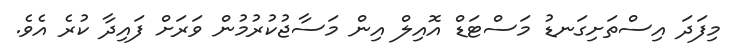
މިފަދަ އިސްތަށިގަނޑު މަސްޓަޑް އޮއިލް އިން މަސާޖުކުރުމުން ވަރަށް ފައިދާ ކުރެ އެވެ.